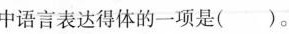
中语言表达得体的一项是 ( )。